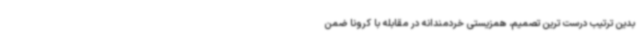
بدین ترتیب درست ترین تصمیم، همزیستی خردمندانه در مقابله با کرونا ضمن